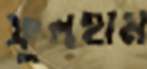
ফুলহাম